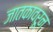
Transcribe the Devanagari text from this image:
जातकावरून